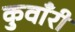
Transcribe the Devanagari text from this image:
कुवाँरी